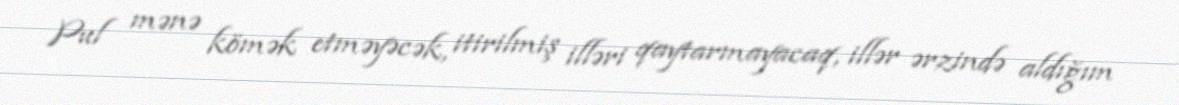
Pul mənə kömək etməyəcək, itirilmiş illəri qaytarmayacaq, illər ərzində aldığım